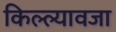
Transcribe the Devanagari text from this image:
किल्ल्यावजा